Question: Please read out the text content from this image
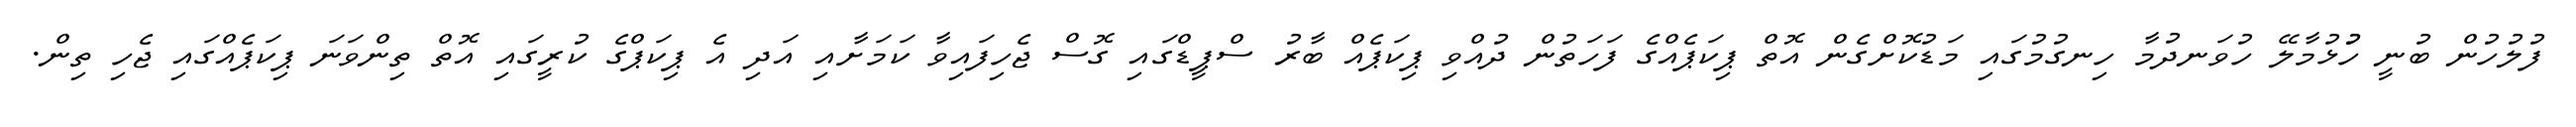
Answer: ފުލުހުން ބުނީ ހުުޅުމާލޭ ހުވަނދުމާ ހިނގުމުގައި މަޑުކޮށްގެން އޮތް ޕިކަޕެއްގެ ފަހަތުން ދުއްވި ޕިކަޕެއް ބާރު ސްޕީޑްގައި ގޮސް ޖެހިފައިވާ ކަމަށާއި އަދި އެ ޕިކަޕްގެ ކުރީގައި އޮތް ތިންވަނަ ޕިކަޕެއްގައި ޖެހި ތިން.